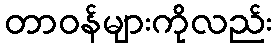
တာဝန်များကိုလည်း